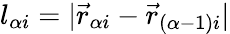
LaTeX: l_{\alpha i}=|\vec{r}_{\alpha i}-\vec{r}_{(\alpha-1)i}|